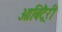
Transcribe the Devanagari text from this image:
आबिट्रैरी